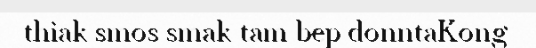
thiak smos smak tam bep donntaKong